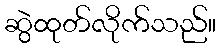
ဆွဲထုတ်လိုက်သည်။